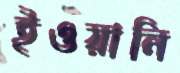
ইওয়ানি